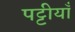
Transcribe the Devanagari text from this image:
पट्टीयाँ